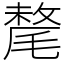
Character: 氂